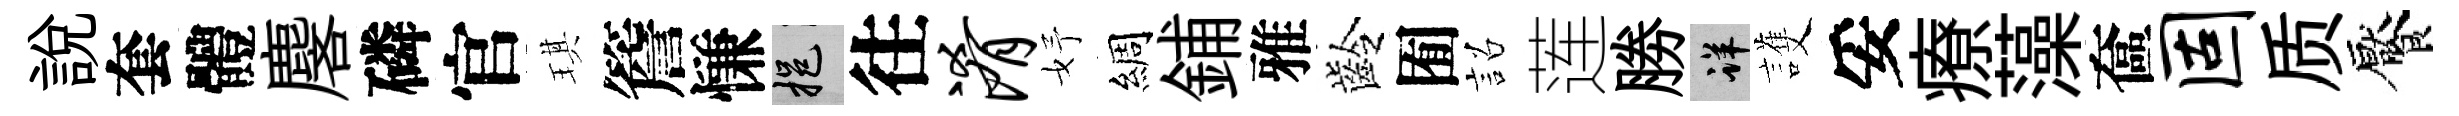
説套體麐磷官琪簷慊挹往淆妤綢鋪雅齡囿詔莲勝详護妥療藻奩固质饜